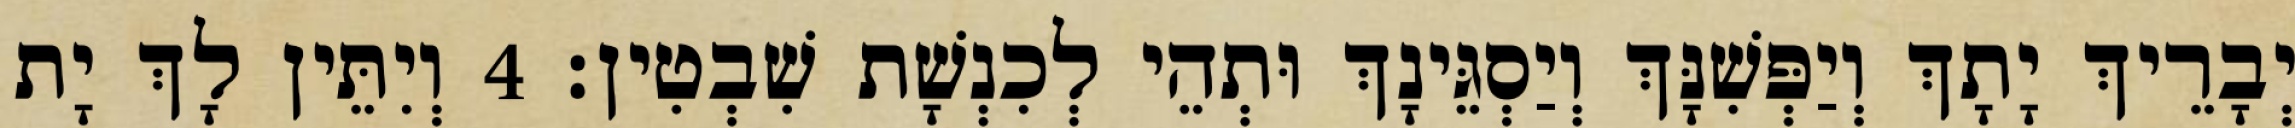
יְבָרֵיךְ יָתָךְ וְיַפְּשִׁנָּךְ וְיַסְגֵּינָךְ וּתְהֵי לְכִנְשָׁת שִׁבְטִין׃ 4 וְיִתֵּין לָךְ יָת